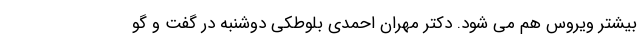
بیشتر ویروس هم می شود. دکتر مهران احمدی بلوطکی دوشنبه در گفت و گو